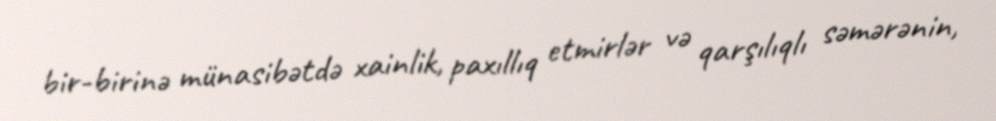
bir-birinə münasibətdə xainlik, paxıllıq etmirlər və qarşılıqlı səmərənin,